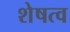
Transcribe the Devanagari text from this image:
शेषत्व